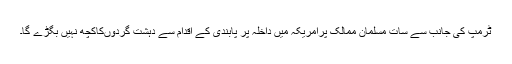
ٹرمپ کی جانب سے سات مسلمان ممالک پرامریکہ میں داخلہ پر پابندی کے اقدام سے دہشت گردوںکاکچھ نہیں بگڑے گا۔